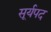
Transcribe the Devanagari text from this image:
सूर्यपद